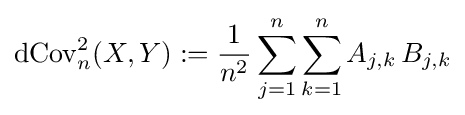
\operatorname {dCov} _{n}^{2}(X,Y):={\frac {1}{n^{2}}}\sum _{j=1}^{n}\sum _{k=1}^{n}A_{j,k}\,B_{j,k}